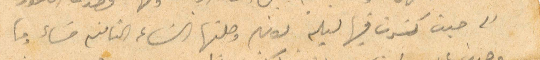
الى حيث كسرت فيها ليلة لون وصلتها الساعة الثامنة مساء وما